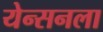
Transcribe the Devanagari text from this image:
येन्सनला